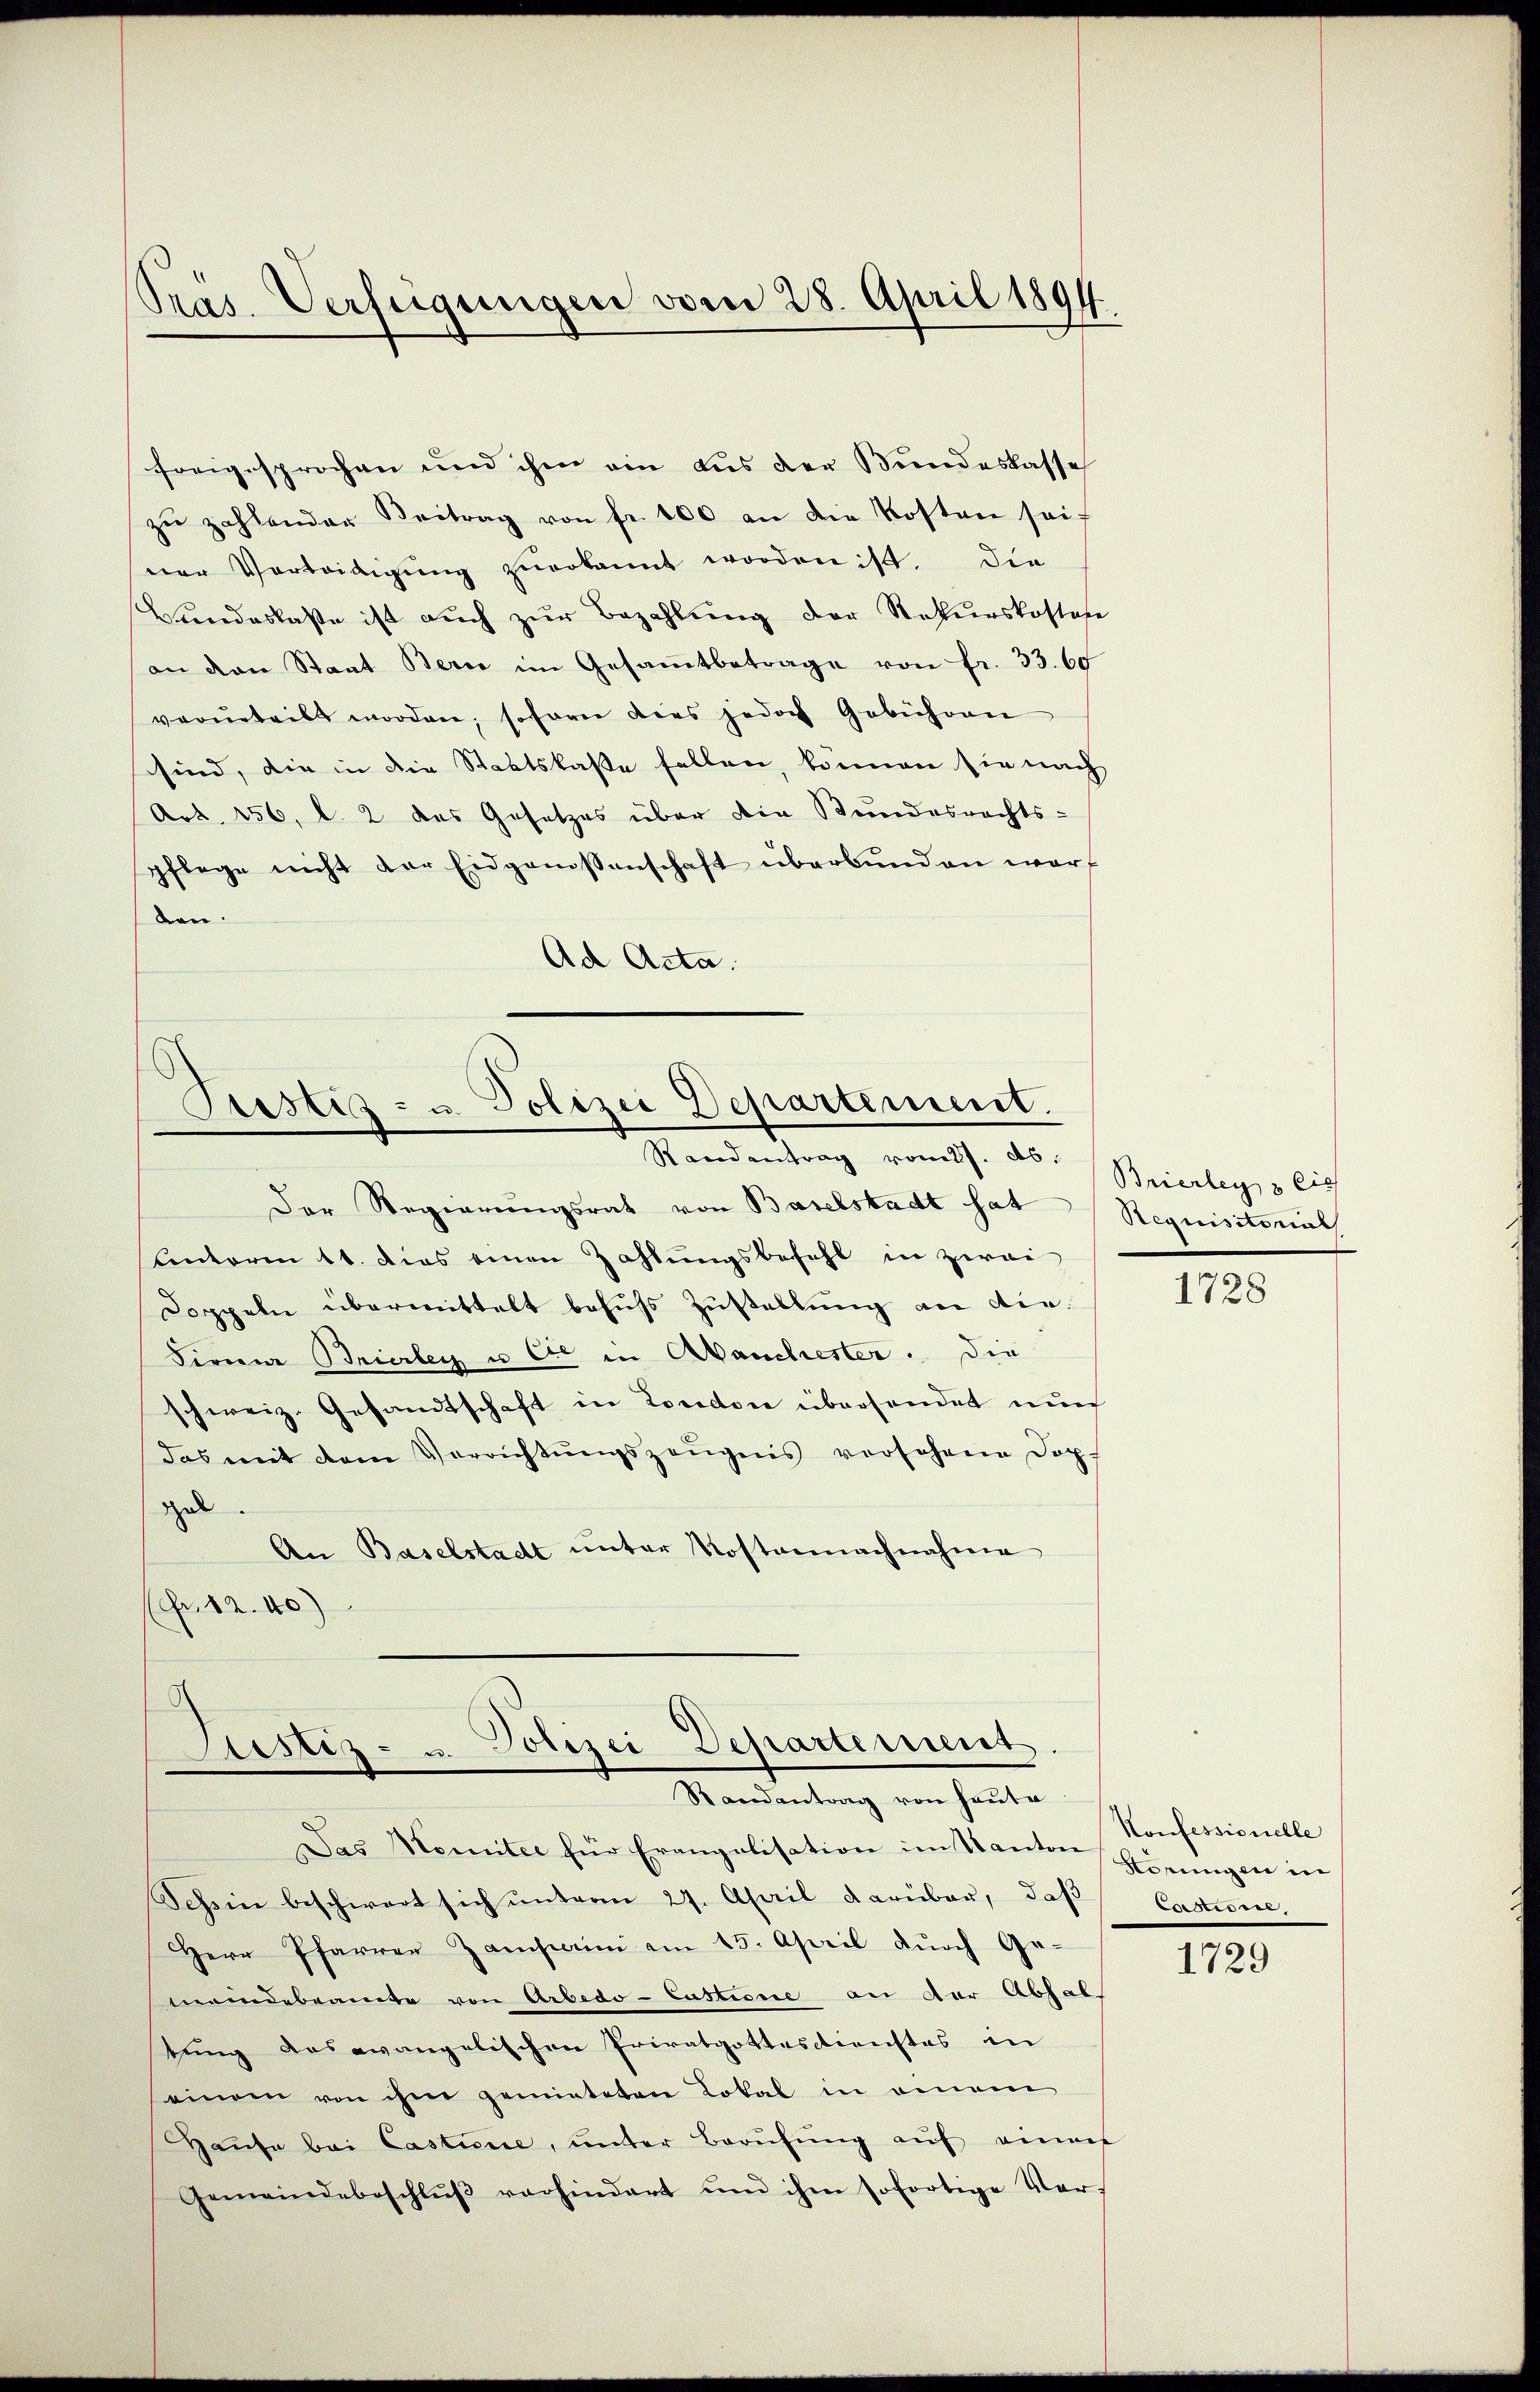
Präs. Verfügungen vom 28. April 1894.

freigesprochen und ihm ein aus der Bundeskasse
zŭ zahlenden Beitrag von fr. 100 an die Kosten sei
sner Vorteidigŭng zŭerkannt worden ist. Die
Bŭndeslaβe ist aŭch zŭr Bezahlŭng der Rekurskosten
an den Staat Bern im Gesamtbetrage von fr. 33. 60
verurteilt worden, sofore dies jedoch Gebühren
sind, die in die Staatskasse fallen, können sie nach
Art. 156, l. 2 des Gesetzes über die Bundesrechts-
pflege nicht der Eidgenissenschaft überbunden wart
ben.
Ad Acta.

Justiz- u. Polizei Departement.
Randantrag vom 27. ds. Brierley 3 Ci

Der Regierungsrat von Baselstadt hat
anterm 11. dies einen Zahlŭngsbefehl in zwei
Doppeln übermittelt behufs Zustellung an die¬
Firma Brierley u Cie in Aranchester. Die
schweiz. Gesandtschaft in Londone übersendet nur
das mit dem Verrichtŭngszeŭgnis vorsehene Dopel
An Baselstadt unter Kostennachnahme
(Fr. 12. 40)

Justiz- u. Polizei Departement
Randantrag von heute

Das Komitee für Erangalisation im Kanton Störungen in
Schein beschwert sich ŭnterm 27. April darüber, daβ
Herr Pfarrer Zamsain am 15. April durch Gemeindebeamte von Arbedo- Custione an der Abhal
tung das evangelischen Privatgottesdienstes in
einem von ihm gemieteten Lokal in einem
Hause bei Castine, unter Berufung auf einer
Gemeindebeschlŭβ vorhindert und ihm sofortige Ver-

Requisitonal

1728

Konfessionelle
Castionie,

1729